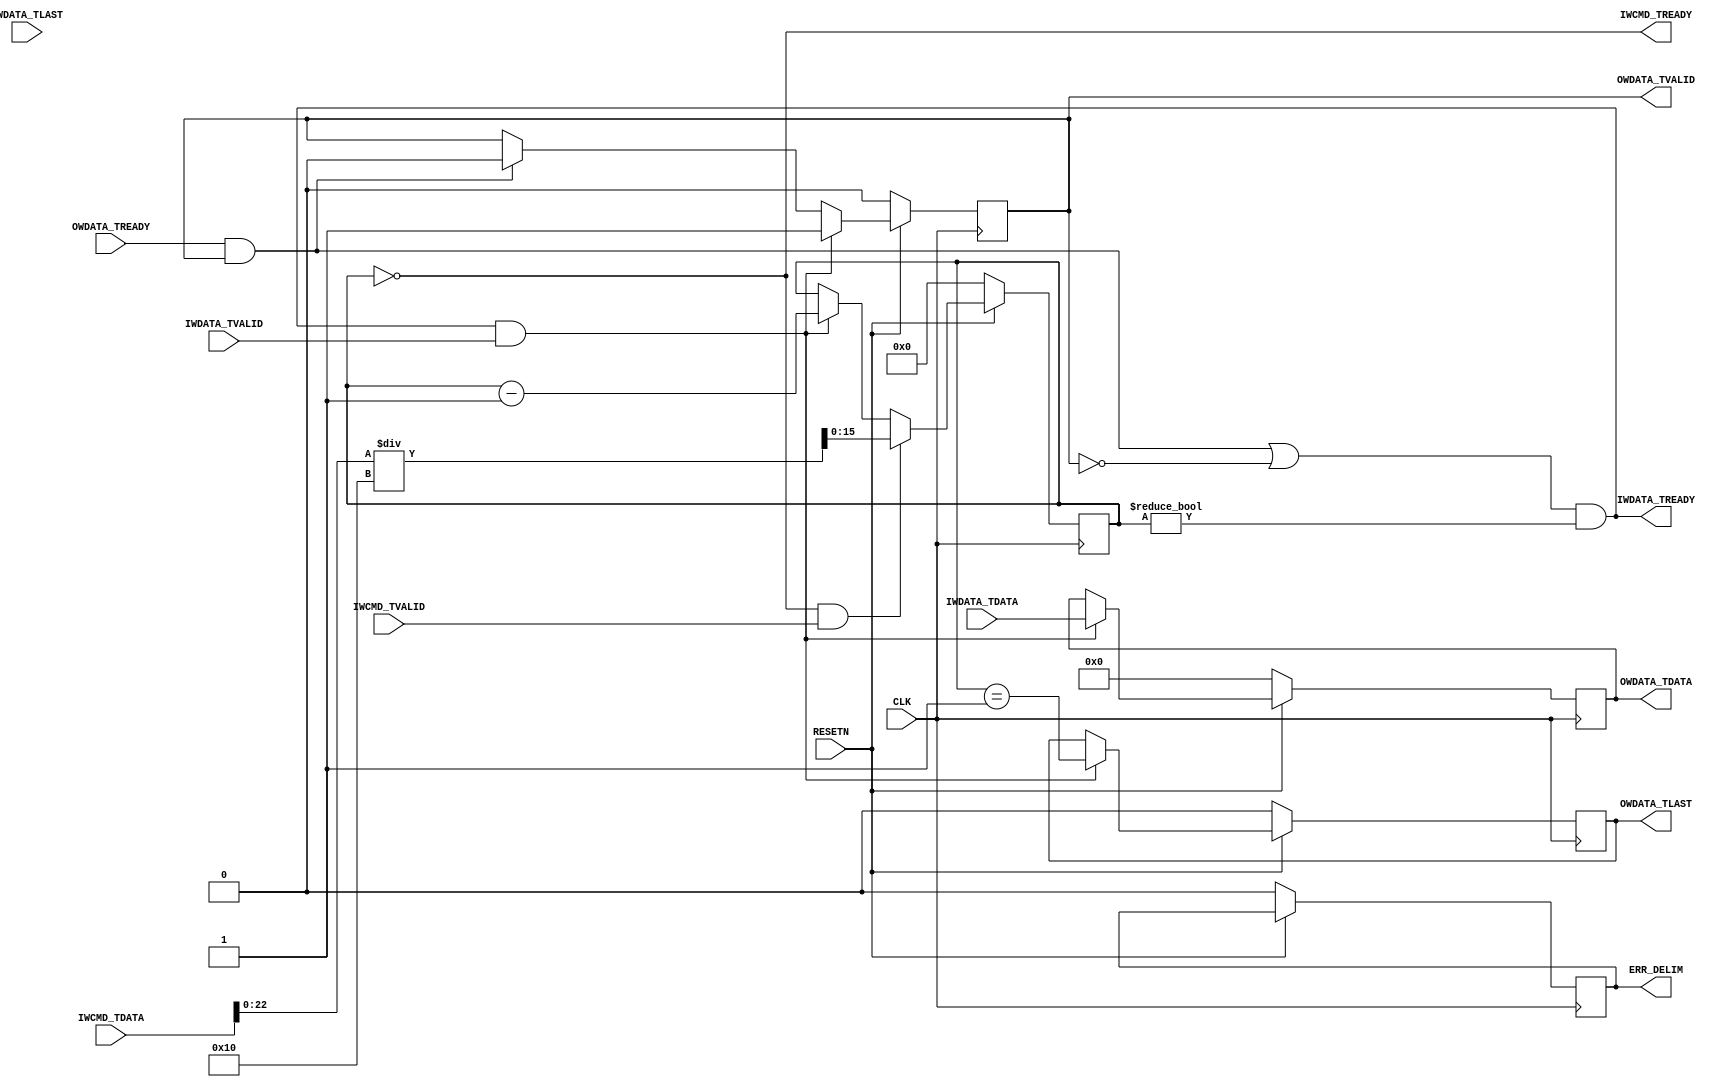

// Copyright (C) Akira Higuchi  ( https://github.com/ahiguti )
// Copyright (C) DeNA Co.,Ltd. ( https://dena.com )
// All rights reserved.
// See COPYRIGHT.txt for details

module update_packet_delim(
  CLK, RESETN,
  IWCMD_TDATA, IWCMD_TVALID, IWCMD_TREADY,
  IWDATA_TDATA, IWDATA_TVALID, IWDATA_TREADY, IWDATA_TLAST,
  OWDATA_TDATA, OWDATA_TVALID, OWDATA_TREADY, OWDATA_TLAST,
  ERR_DELIM);
parameter ADDR_WIDTH = 64;
parameter WIDTH_DATA = 128;
localparam WORD_SIZE = WIDTH_DATA / 8;
input CLK;
input RESETN;
input [ADDR_WIDTH+40-1:0] IWCMD_TDATA;
input IWCMD_TVALID;
output IWCMD_TREADY;
input [WIDTH_DATA-1:0] IWDATA_TDATA;
input IWDATA_TVALID;
output IWDATA_TREADY;
input IWDATA_TLAST;
output [WIDTH_DATA-1:0] OWDATA_TDATA;
output OWDATA_TVALID;
input OWDATA_TREADY;
output OWDATA_TLAST;
output ERR_DELIM;

reg [WIDTH_DATA-1:0] owdata_tdata;
reg owdata_tvalid;
reg owdata_tlast;
reg [15:0] wcnt;
reg err_delim;

wire owdata_hs = OWDATA_TREADY && OWDATA_TVALID;
wire owdata_writable = owdata_hs || (owdata_tvalid == 0);
wire iwdata_hs = IWDATA_TREADY && IWDATA_TVALID;
wire iwcmd_hs = IWCMD_TREADY && IWCMD_TVALID;

assign IWCMD_TREADY = (wcnt == 0);
assign IWDATA_TREADY = owdata_writable && (wcnt != 0);
assign OWDATA_TDATA = owdata_tdata;
assign OWDATA_TVALID = owdata_tvalid;
assign OWDATA_TLAST = owdata_tlast;
assign ERR_DELIM = err_delim;

always @(posedge CLK) begin
  if (!RESETN) begin
    owdata_tdata <= 0;
    owdata_tvalid <= 0;
    owdata_tlast <= 0;
    wcnt <= 0;
    err_delim <= 0;
  end else begin
    if (owdata_hs) begin
      owdata_tvalid <= 0;
    end
    if (iwdata_hs) begin
      owdata_tvalid <= 1;
      owdata_tdata <= IWDATA_TDATA;
      owdata_tlast <= (wcnt == 1);
      if (wcnt == 1 && IWDATA_TLAST == 0) begin
        // err_delim <= 1; // FIXME: 
      end
      wcnt <= wcnt - 1;
    end
    if (iwcmd_hs) begin
      wcnt <= { IWCMD_TDATA[22:0] } / WORD_SIZE;
    end
  end
end

endmodule